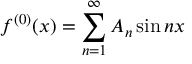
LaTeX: f ^ { ( 0 ) } ( x ) = \sum _ { n = 1 } ^ { \infty } A _ { n } \sin n x